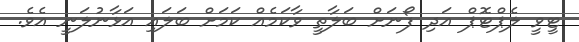
ޓީވީ ލެޕްޓޮޕް އަދި ފޯނަށް ބަލާތީ ވާކަމެއް ކަމަށް ބަލައި އަޅާނުލަނީ އެވެ.